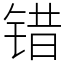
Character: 错